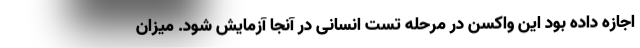
اجازه داده بود این واکسن در مرحله تست انسانی در آنجا آزمایش شود. میزان